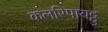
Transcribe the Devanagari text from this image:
कलरिपायट्टु